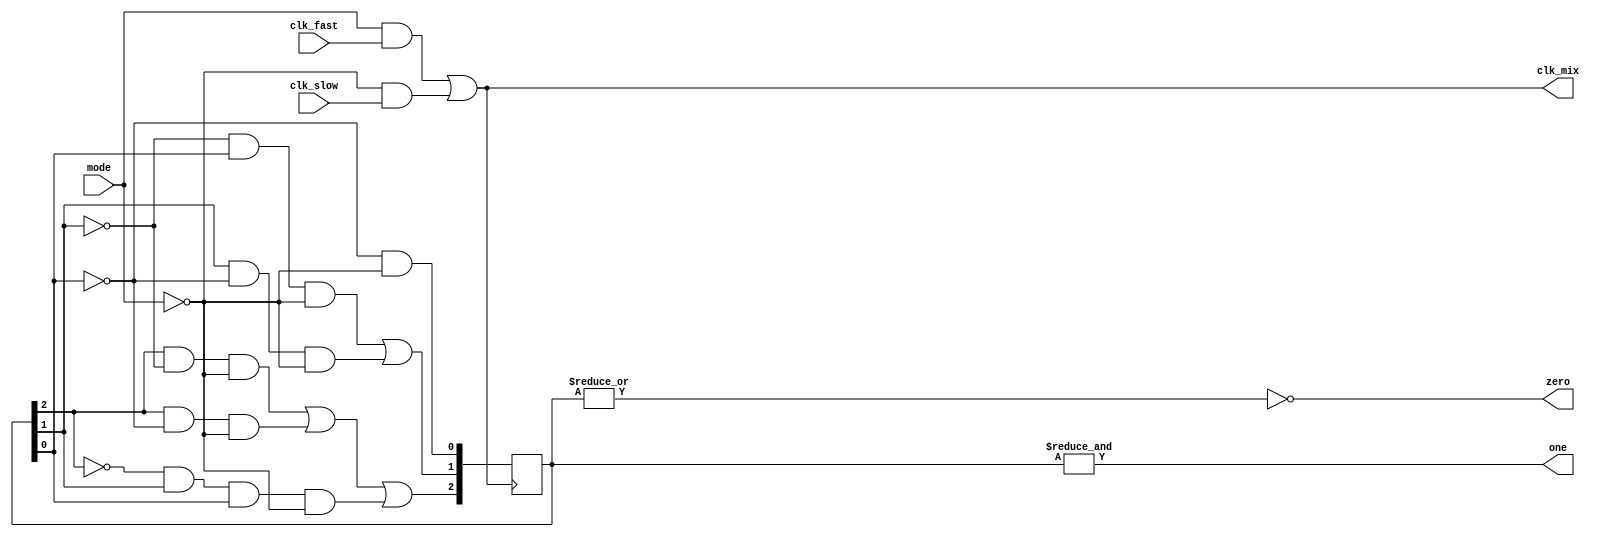
module bit3_counter(
    input clk_fast,
    input clk_slow,
    output clk_mix,

    input mode,
    output one,
    output zero
);

    reg [2:0] cnt = 3'b0;
    assign clk_mix = mode&clk_fast | !mode&clk_slow;

    always @(posedge clk_mix) begin
        cnt[2] <= cnt[2]&!cnt[1]&!mode | cnt[2]&!cnt[0]&!mode | !cnt[2]&cnt[1]&cnt[0]&!mode;
        cnt[1] <= !cnt[1]&cnt[0]&!mode | cnt[1]&!cnt[0]&!mode;
        cnt[0] <= !cnt[0]&!mode;
    end

    assign one = &cnt;
    assign zero = !(|cnt);

endmodule

/*
Description: 3 bit counter with reset.

Resources Usage: 6 LE
*/